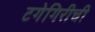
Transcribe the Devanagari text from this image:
टगेगिरीची